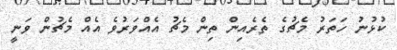
ކުޅުނު ހަތަރު މެޗުގެ ތެރެއިން ތިން މެޗު އެއްވަރުވެ އެއް މެޗުން ވަނީ